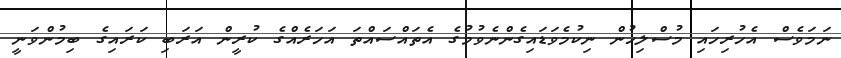
ނަމަވެސް އެހުރިހައި މުސްލިޙުން ނިކުމެވަޑައިގެންނެވުމުގެ އެތައްސައްތަ އަހަރެއްގެ ކުރީން އަރަބި ކަރައިގެ ބިމުންވަނީ